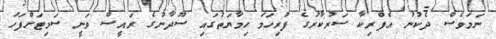
ނަމަވެސް ދެކުނު އެފްރިކާ ސަރުކާރުގެ ފުރިހަމަ ހިމާޔަތުގައި ސޫދާނުގެ ރައީސް ވަނީ ސަމިޓަށްފަހު